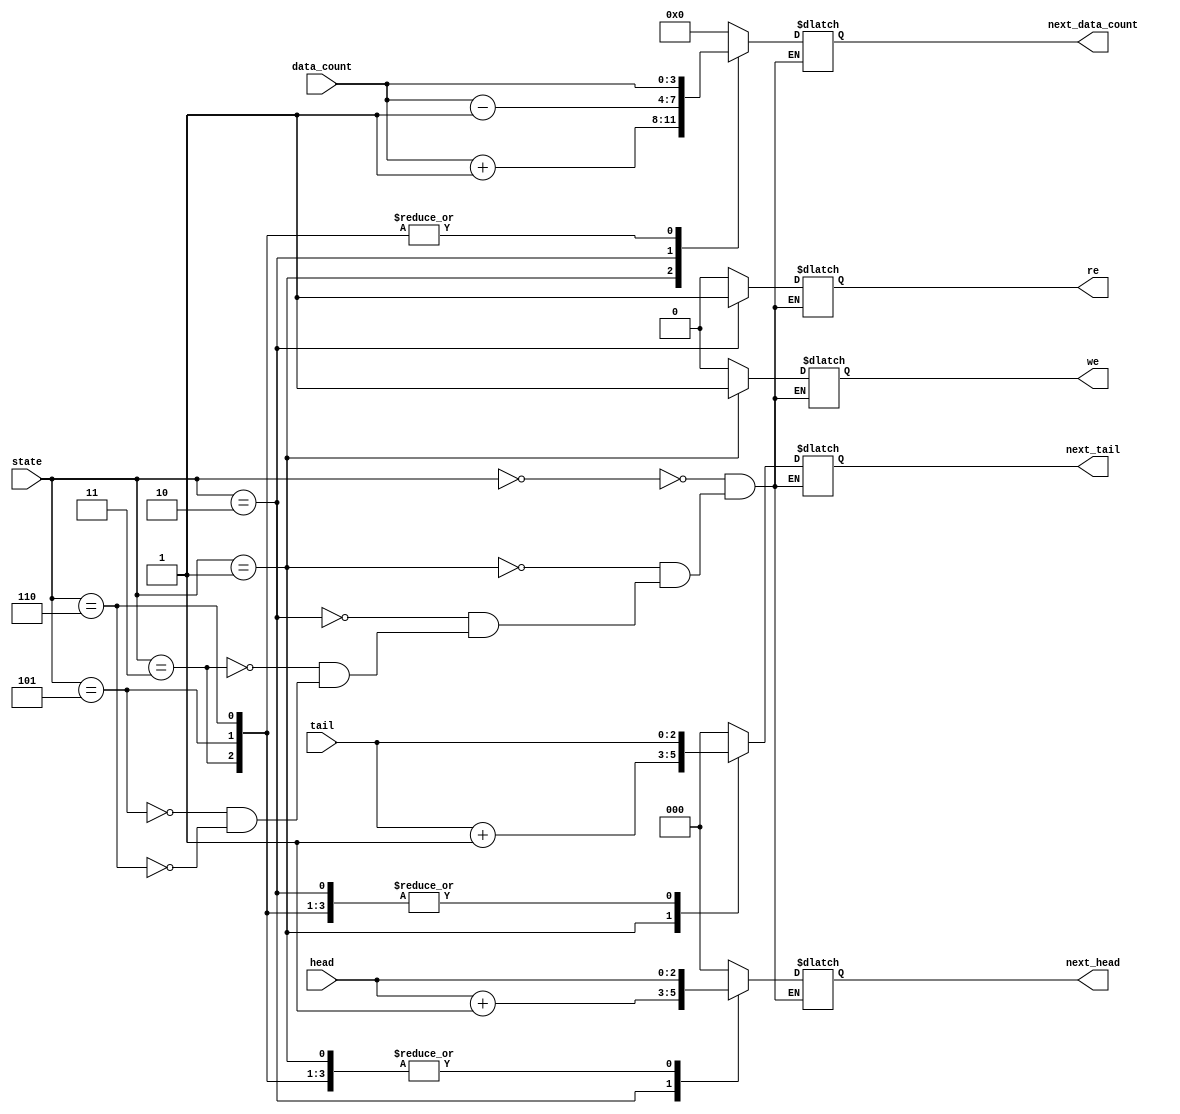
module fifo_cal(state, head, tail, data_count, we, re, next_head, next_tail, next_data_count); //Calculate address module
  input [2:0] state, head, tail;
  input [3:0] data_count;
  output we, re;
  output [2:0] next_head, next_tail;
  output [3:0] next_data_count;
  
  reg we, re;
  reg [2:0] next_head, next_tail;
  reg [3:0] next_data_count;
  
  parameter INIT=3'b000;
  parameter WRITE=3'b001;
  parameter READ=3'b010;
  parameter NO_OP=3'b011;
  parameter WR_ERR=3'b101;
  parameter RD_ERR=3'b110;
  
  
  always@(state, head, tail, data_count) begin
  case(state)
  INIT: begin next_head<=3'b0; next_tail<=3'b0; next_data_count<=4'b0; we<=0; re<=0; end
  WRITE: begin next_head<=head; next_tail<=(tail+1); next_data_count<=(data_count+1); we<=1; re<=0; end 
  READ: begin next_head<=(head+1); next_tail<=tail; next_data_count<=(data_count-1); we<=0; re<=1; end
  NO_OP: begin next_head<=head; next_tail<=tail; next_data_count<=data_count; we<=0; re<=0; end
  WR_ERR: begin next_head<=head; next_tail<=tail; next_data_count<=data_count; we<=0; re<=0; end
  RD_ERR: begin next_head<=head; next_tail<=tail; next_data_count<=data_count; we<=0; re<=0; end 
  endcase
  end
  
endmodule